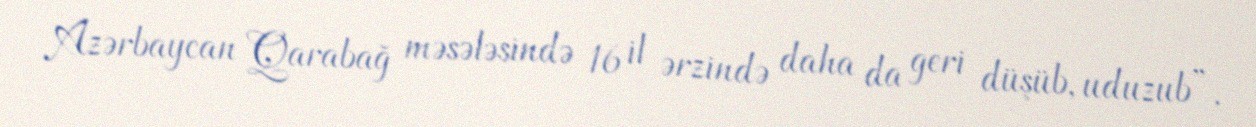
Azərbaycan Qarabağ məsələsində 16 il ərzində daha da geri düşüb, uduzub”.